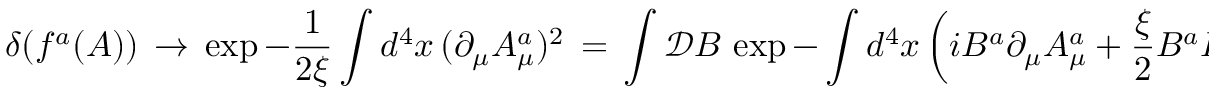
\delta ( f ^ { a } ( A ) ) \, \to \, \exp - \frac { 1 } { 2 \xi } \int d ^ { 4 } x \, ( \partial _ { \mu } A _ { \mu } ^ { a } ) ^ { 2 } \, = \, \int \mathcal { D } B \, \exp - \int d ^ { 4 } x \left( i B ^ { a } \partial _ { \mu } A _ { \mu } ^ { a } + \frac { \xi } { 2 } B ^ { a } B ^ { a } \right) \; ,